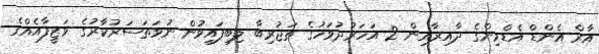
އާރް އެންޑް އެޑްމިންގެ ދާއިރާއިން 2 އަހަރުދުވަހުގެ ތަޖުރިބާ ލިބިފައިވުން ނުވަތަސަރުކާރުގެ ވަޒީފާއެއްގެ